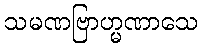
သမဏဗြာဟ္မဏာသေ